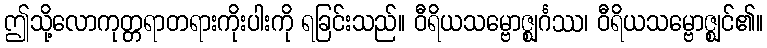
ဤသို့လောကုတ္တရာတရားကိုးပါးကို ရခြင်းသည်။ ဝီရိယသမ္ဗောဇ္ဈင်္ဂဿ၊ ဝီရိယသမ္ဗောဇ္ဈင်၏။